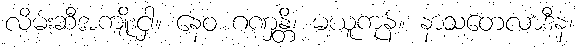
လိမ်းဆီအကျိုးငှါ။ နေဝ ဂဏှန္တိ၊ မယူကုန်။ နာသတေလာဒီနံ၊